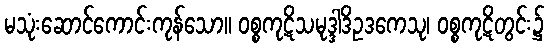
မသုံးဆောင်ကောင်းကုန်သော။ ဝစ္စကုဋိသမုဒ္ဒါဒိဥဒကေသု၊ ဝစ္စကုဋိတွင်း၌